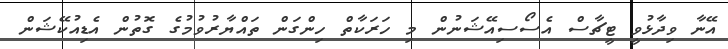
އޭނާ ވިދާޅުވީ ޓީޗާސް އެސޯސިއޭޝަނުން މި ހަރަކާތް ހިންގަން ތައްޔާރުވުމުގެ ގޮތުން އެޑިއުކޭޝަން